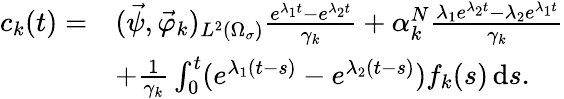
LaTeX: \begin{array}{rl}{c_{k}(t)=}&{(\vec{\psi},\vec{\varphi}_{k})_{L^{2}(\Omega_{\sigma})}\frac{e^{\lambda_{1}t}-e^{\lambda_{2}t}}{\gamma_{k}}+\alpha_{k}^{N}\frac{\lambda_{1}e^{\lambda_{2}t}-\lambda_{2}e^{\lambda_{1}t}}{\gamma_{k}}}\\ &{+\frac{1}{\gamma_{k}}\int_{0}^{t}(e^{\lambda_{1}(t-s)}-e^{\lambda_{2}(t-s)})f_{k}(s)\, \mathrm ds.}\end{array}